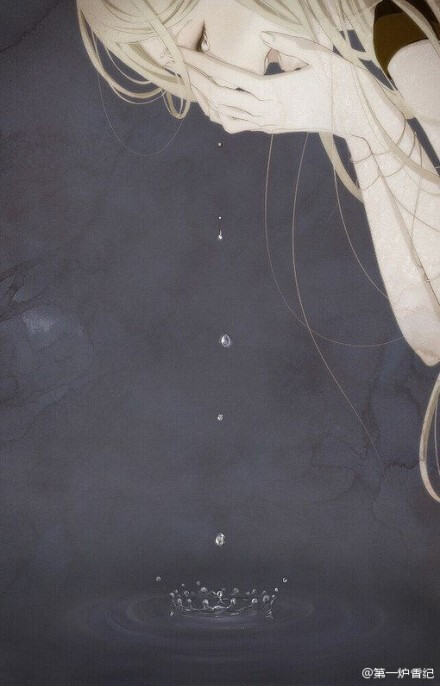
忆君迢迢隔青天，昔日横波目，今作流泪泉。